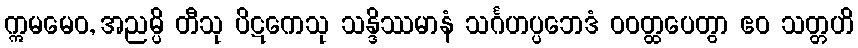
ဣမမေဝ, အညမ္ပိ တီသု ပိဋကေသု သန္ဒိဿမာနံ သင်္ဂဟပ္ပဘေဒံ ဝဝတ္ထပေတွာ ဧဝ သတ္တဟိ